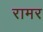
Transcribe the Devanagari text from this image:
रामर